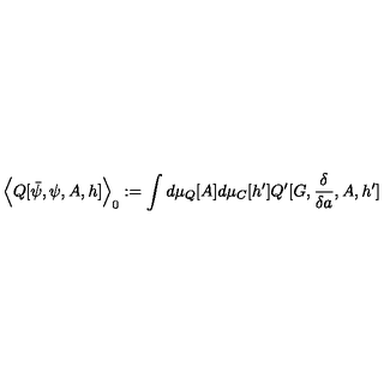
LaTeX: \Big \langle Q [ \bar { \psi } , \psi , A , h ] \Big \rangle _ { 0 } : = \int d \mu _ { Q } [ A ] d \mu _ { C } [ h ^ { \prime } ] Q ^ { \prime } [ G , \frac { \delta } { \delta a } , A , h ^ { \prime } ]